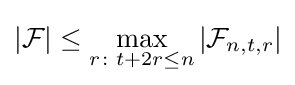
|{\mathcal {F}}|\leq \max _{r\colon t+2r\leq n}|{\mathcal {F}}_{n,t,r}|